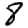
Digit: 8